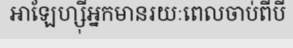
អាឡែហ្ស៊ីអ្នកមានរយៈពេលចាប់ពីបី